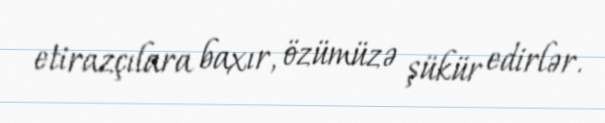
etirazçılara baxır, özümüzə şükür edirlər.